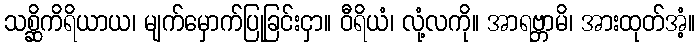
သစ္ဆိကိရိယာယ၊ မျက်မှောက်ပြုခြင်းငှာ။ ဝီရိယံ၊ လုံ့လကို။ အာရဗ္ဘာမိ၊ အားထုတ်အံ့။